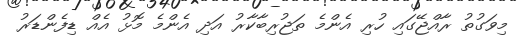
މިވަގުތު ރާއްޖޭގައި ހުރި އެންމެ ތަޖުރިބާކާރު އަދި އެންމެ މޮޅު އެއް ޑިފެންޑަރު